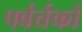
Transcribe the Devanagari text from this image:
पर्वर्तकों